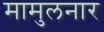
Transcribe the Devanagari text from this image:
मामुलनार